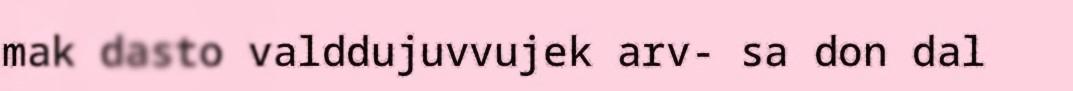
mak dasto valddujuvvujek arv- sa don dal